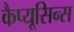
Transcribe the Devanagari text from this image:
कैप्यूसिन्स